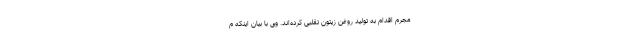
مجرم اقدام به تولید روغن زیتون تقلبی کرده‌اند. وی با بیان اینکه م